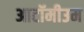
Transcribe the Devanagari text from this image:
आटॉमीउम